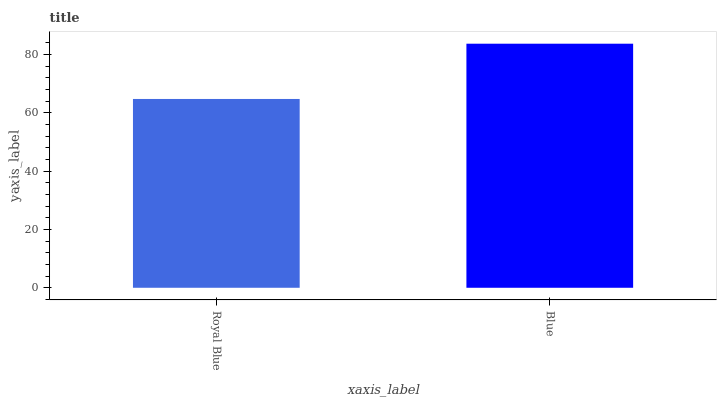
| xaxis_label | bars |
 | --- | --- |
 | Royal Blue | 64.7 |
 | Blue | 83.7 |